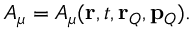
A _ { \mu } = A _ { \mu } ( { \bf r } , t , { \bf r } _ { Q } , { \bf p } _ { Q } ) .